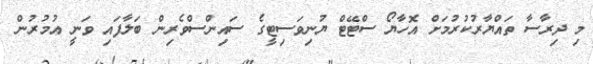
މި ދިރާސާ ތައްޔާރުކުރުމަށް އޮހާޔޯ ސްޓޭޓް ޔުނިވަސިޓީގެ ސައިންސްވެރިން ބަލާފައި ވަނީ އުމުރުން